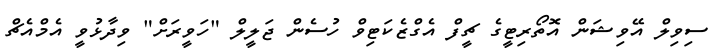
ސިވިލް އޭވިޝަން އޮތޯރިޓީގެ ޗީފް އެގްޒެކަޓިވް ހުސެން ޖަލީލް "ހަވީރަށް" ވިދާޅުވީ އެމްއެޗް